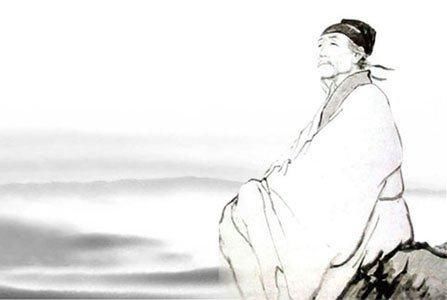
今人嗤点流传赋，不觉前贤畏后生。